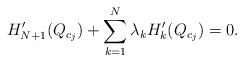
LaTeX: \begin{align*}H_{N+1}'(Q_{c_j})+\sum_{k=1}^N\lambda_{k}H_k'(Q_{c_j})=0.\end{align*}